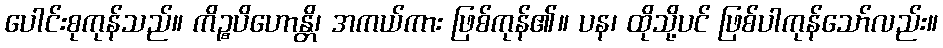
ပေါင်းစုကုန်သည်။ ကိဉ္စပိဟောန္တိ၊ အကယ်ကား ဖြစ်ကုန်၏။ ပန၊ ထိုသို့ပင် ဖြစ်ပါကုန်သော်လည်း။